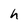
Character: h